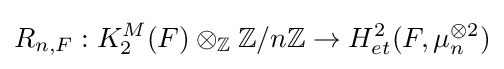
R_{n,F}:K_{2}^{M}(F)\otimes _{\mathbb {Z} }\mathbb {Z} /n\mathbb {Z} \to H_{et}^{2}(F,\mu _{n}^{\otimes 2})